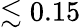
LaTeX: \lesssim 0.15